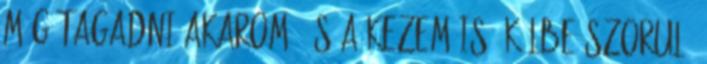
még tagadni akarom, és a kezem is ökölbe szorul.